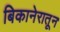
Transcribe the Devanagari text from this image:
बिकानेरातून